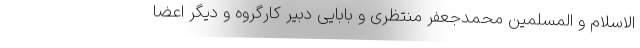
الاسلام و المسلمین محمدجعفر منتظری و بابایی دبیر کارگروه و دیگر اعضا